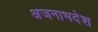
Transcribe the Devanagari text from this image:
अजनाभदेश